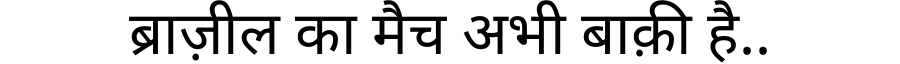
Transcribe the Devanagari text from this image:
ब्राज़ील का मैच अभी बाक़ी है..